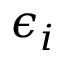
\epsilon _ { i }